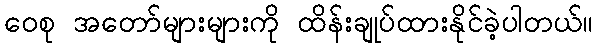
ဝေစု အတော်များများကို ထိန်းချုပ်ထားနိုင်ခဲ့ပါတယ်။